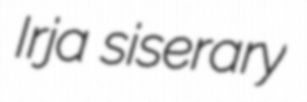
Irja siserary